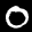
Label: 0